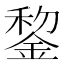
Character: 錅